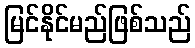
မြင်နိုင်မည်ဖြစ်သည်